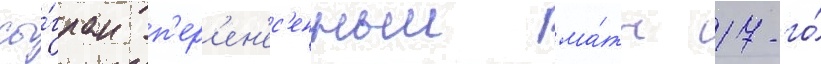
сы́гран п'ер'ен'ес'енныи ма́тч 17-го́